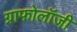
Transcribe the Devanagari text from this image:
ग्राफोलॉजी